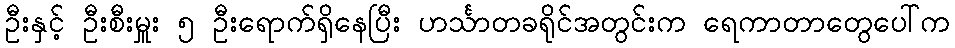
ဦးနှင့် ဦးစီးမှူး ၅ ဦးရောက်ရှိနေပြီး ဟင်္သာတခရိုင်အတွင်းက ရေကာတာတွေပေါ်က